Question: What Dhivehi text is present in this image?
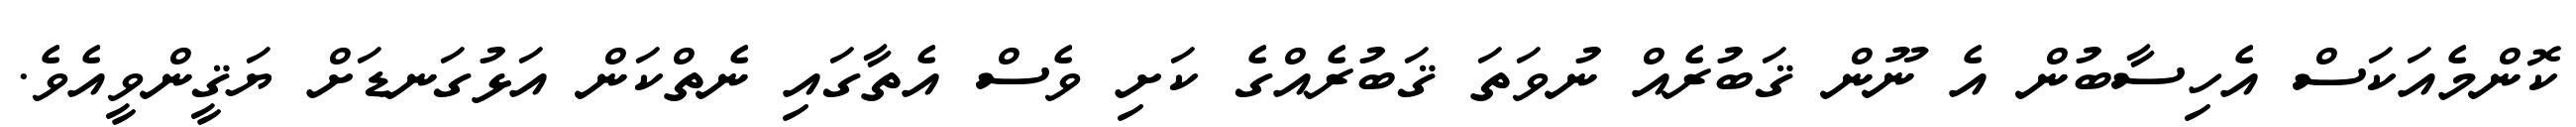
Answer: ކޮންމެއަކަސް އެހިސާބުން އެ ނޫން ޤަބުރެއް ނުވަތަ ޤަބުރެއްގެ ކަށި ވެސް އެތާގައި ނެތްކަން އަޅުގަނޑަށް ޔަޤީންވީއެވެ.